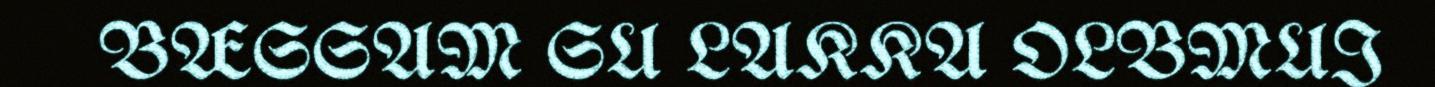
BÆSSAM SU LAKKA OLBMUI